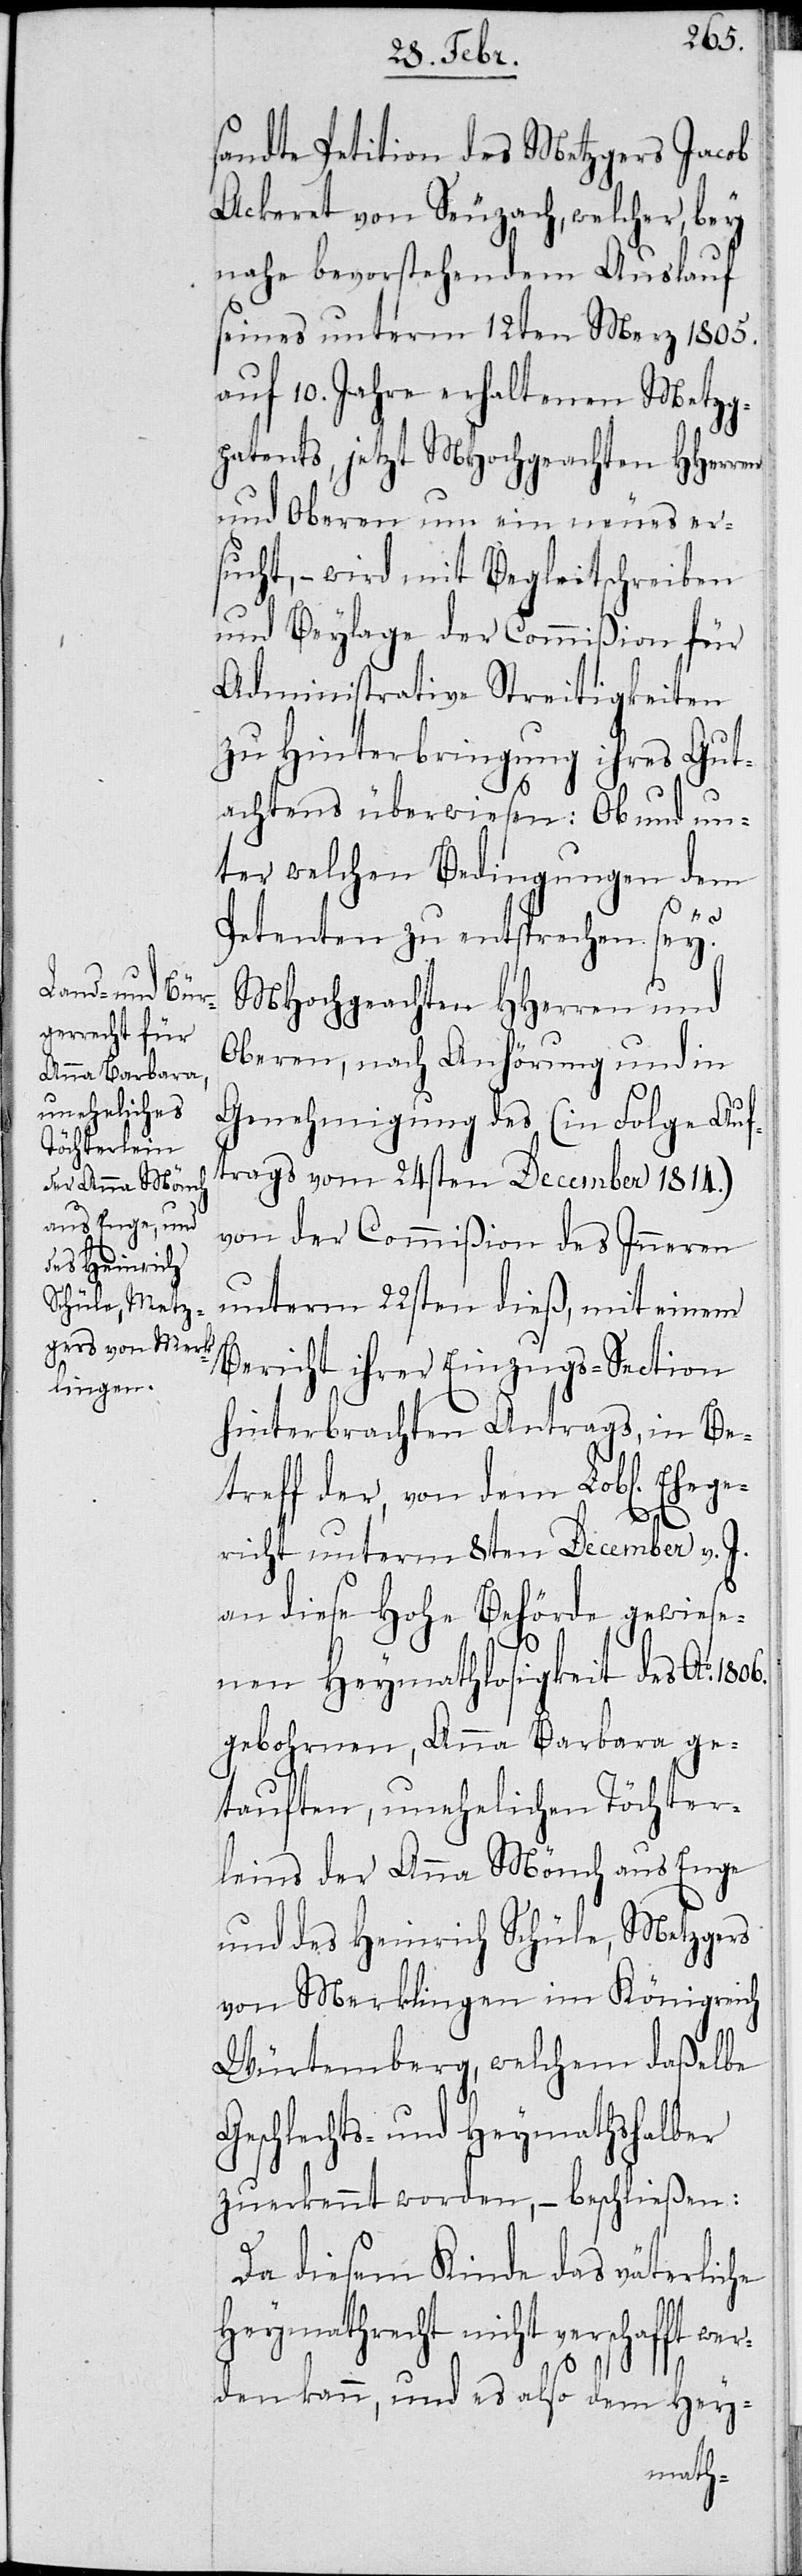
sandte Petition des Metzgers Jacob
Ackeret von Seuzach, welcher, bey
nahe bevorstehendem Auslauf
seines unterm 12ten Merz 1805.
auf 10. Jahre erhaltenen Metzg¬
patents, jetzt MHochgeachten HHerren
und Oberen um ein neues er¬
sucht, – wird mit Begleitschreiben
und Beylage der Commißion für
Administrative Streitigkeiten
zu Hinterbringung ihres Gut¬
achtens überwiesen: Ob und un¬
ter welchen Bedingungen dem
Petenten zu entsprechen sey.
MHochgeachten HHerren und
Oberen, nach Anhörung und in
Genehmigung des (in Folge Auf¬
trags vom 24sten December 1814.)
von der Commißion des Inneren
unterm 22sten dieß, mit einem
Bericht ihrer Einzugs-Section
hinterbrachten Antrags, in Be¬
treff der, von dem Lobl. Ehege¬
richt unterm 8ten December v. J.
an diese Hohe Behörde gewiese¬
nen Heymathlosigkeit des Ao.
gebohrnen, Anna Barbara ge¬
tauften, unehelichen Töchter¬
leins der Anna Mönch aus Enge
und des Heinrich Schüle, Metzgers
von Merklingen im Königreich
Würtemberg, welchem daßelbe
Geschlechts- und Heymathshalber
zuerkennt worden, – beschließen:
Da diesem Kinde das väterliche
Heymathrecht nicht verschafft
wer¬
den kann, und es also dem Hey-